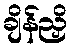
ချိန်ညှိ